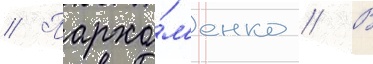
// Пархо́м'енко // В